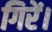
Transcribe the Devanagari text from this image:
गिरें।